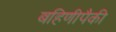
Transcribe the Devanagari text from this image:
बहिणीपैकी